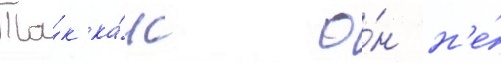
Та́к ка́к о́н н'е́